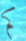
كم